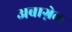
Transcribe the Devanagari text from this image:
अबाग्नेल